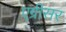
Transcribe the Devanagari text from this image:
एग्रीसर